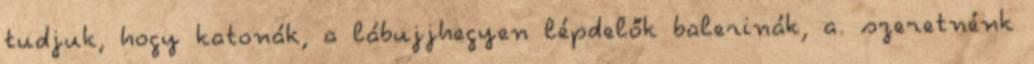
tudjuk, hogy katonák, a lábujjhegyen lépdelők balerinák, a. szeretnénk